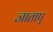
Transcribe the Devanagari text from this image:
जाताप्